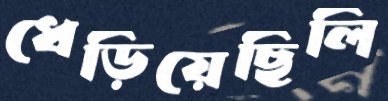
ধেড়িয়েছিলি